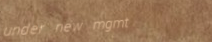
under new mgmt